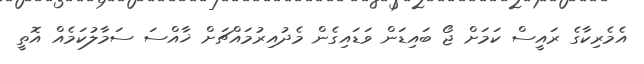
އެމެރިކާގެ ރައީސް ކަމަށް ޖޯ ބައިޑަން ވަޑައިގެން މެދުއިރުމައްޗަށް ޚާއްސަ ސަމާލުކަމެއް އޮތީ